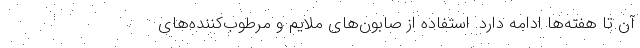
آن تا هفته‌ها ادامه دارد. استفاده از صابون‌های ملایم و مرطوب‌کننده‌های